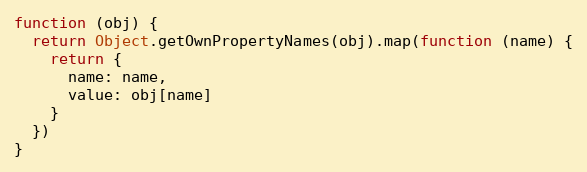
Language: JavaScript
function (obj) {
  return Object.getOwnPropertyNames(obj).map(function (name) {
    return {
      name: name,
      value: obj[name]
    }
  })
}